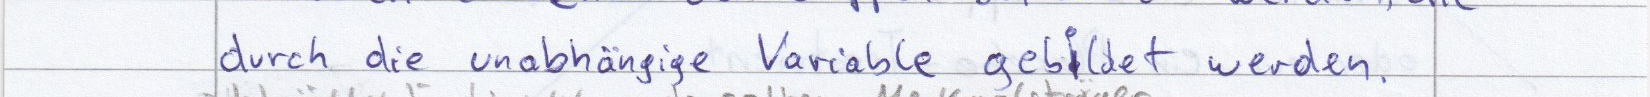
durch die unabhängige Variable gebildet werden.